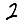
Digit: 2